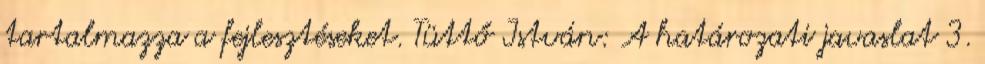
tartalmazza a fejlesztéseket. Tüttő István: A határozati javaslat 3.